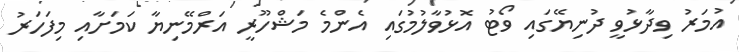
އުމަރު ވިދާޅުވީ ދުނިޔޭގައި ވޯޓު އޮޅުވާލުމުގައި އެންމެ މަޝްހޫރީ އަރްމޭނިޔާ ކަމަށާއި މިފަހަރު